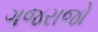
ગજરાજો